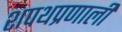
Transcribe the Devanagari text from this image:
शपथप्रणाली